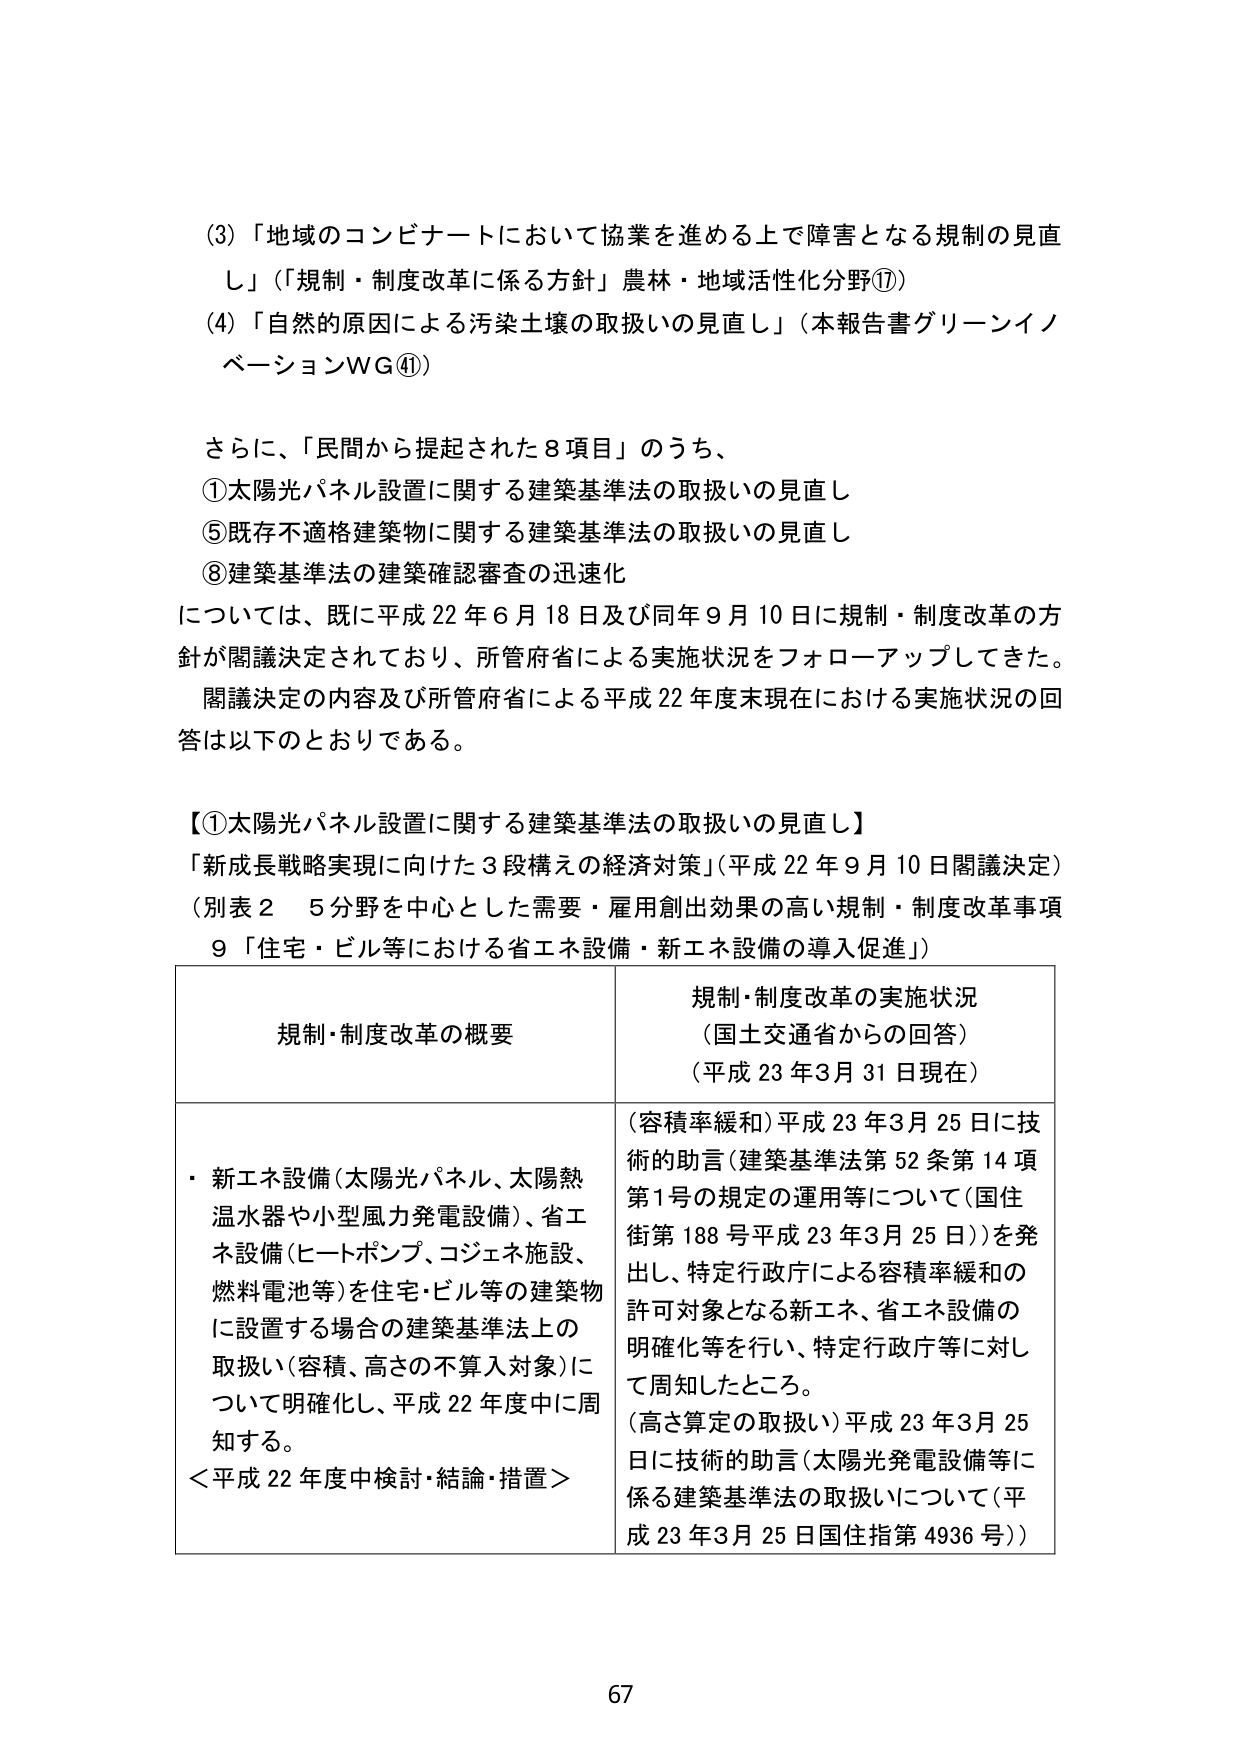
(3)「地域のコンビナートにおいて協業を進める上で障害となる規制の見直し」（「規制・制度改革に係る方針」農林・地域活性化分野⑰）
(4)「自然の原因による汚染土壌の取扱いの見直し」（本報告書グリーンイノベーションWG④）

さらに、「民間から提起された8項目」のうち、
①太陽光パネル設置に関する建築基準法の取扱いの見直し
⑤既存不適格建築物に関する建築基準法の取扱いの見直し
⑧建築基準法の建築確認審査の迅速化

については、既に平成22年6月18日及び同年9月10日に規制・制度改革の方針が閣議決定されており、所管府省による実施状況をフォローアップしてきた。
閣議決定の内容及び所管府省による平成22年度末現在における実施状況の回答は以下のとおりである。

【①太陽光パネル設置に関する建築基準法の取扱いの見直し】
「新成長戦略実現に向けた3段構えの経済対策」（平成22年9月10日閣議決定）
（別表2　5分野を中心とした需要・雇用創出効果の高い規制・制度改革事項
9「住宅・ビル等における省エネ設備・新エネ設備の導入促進」）

| 規制・制度改革の概要 | 規制・制度改革の実施状況（国土交通省からの回答）（平成23年3月31日現在） |
|------------------------|-------------------------------------------------------------|
| ・新エネ設備（太陽光パネル、太陽熱温水器や小型風力発電設備）、省エネ設備（ヒートポンプ、コジェネ施設、燃料電池等）を住宅・ビル等の建築物に設置する場合の建築基準法上の取扱い（容積、高さの不算入対象）について明確化し、平成22年度中に周知する。
＜平成22年度中検討・結論・措置＞ | （容積率緩和）平成23年3月25日に技術的助言（建築基準法第52条第14項第1号の規定の運用等について（国住街第188号平成23年3月25日））を発出し、特定行政庁による容積率緩和の許可対象となる新エネ、省エネ設備の明確化等を行い、特定行政庁等に対して周知したところ。
（高さ算定の取扱い）平成23年3月25日に技術的助言（太陽光発電設備等に係る建築基準法の取扱いについて（平成23年3月25日国住指第4936号）） |

67